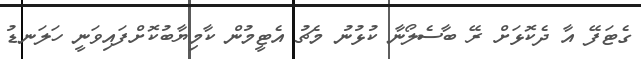
ގެޓަފޭ އާ ދެކޮޅަށް ރޭ ބާސެލޯނާ ކުޅުނު މެޗު އެޓީމުން ކާމިޔާބުކޮށްފައިވަނީ ހަލަނޑު